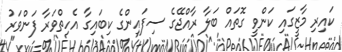
ކައިރި މާޒީގައި ކަންވީ ގޮތައް ބަލާ ރާއްޖޭގެ ސިފައިންގެ ކިބައިގާ އެހިތްވަރާ ފަންވަރު